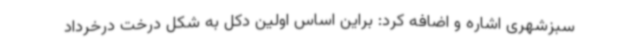
سبزشهری اشاره و اضافه کرد: براین اساس اولین دکل به شکل درخت درخرداد